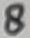
Text: 8